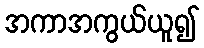
အကာအကွယ်ယူ၍